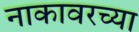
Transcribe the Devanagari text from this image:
नाकावरच्या